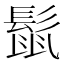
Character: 𮫈